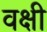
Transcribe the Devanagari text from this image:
वक्षी